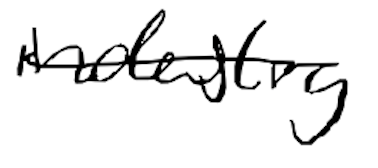
Text: industry
Cross-out: single-line
Writing tool: digital_black